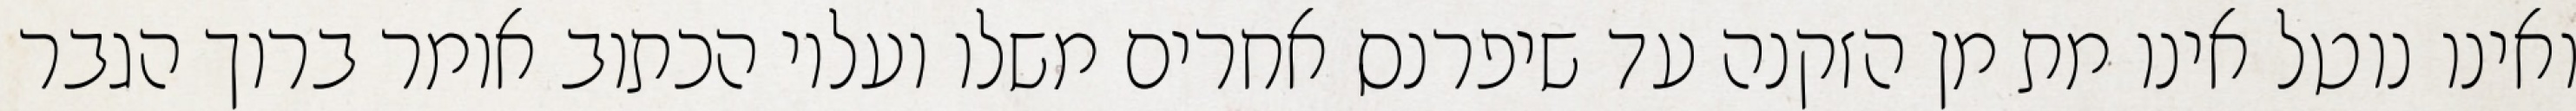
ואינו נוטל אינו מת מן הזקנה עד שיפרנס אחרים משלו ועליו הכתוב אומר ברוך הגבר